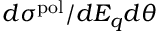
d \sigma ^ { \mathrm { p o l } } / d E _ { q } d \theta